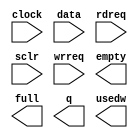
// megafunction wizard: %FIFO%VBB%
// GENERATION: STANDARD
// VERSION: WM1.0
// MODULE: scfifo 

// ============================================================
// Megafunction Name(s):
// 			scfifo
//
// Simulation Library Files(s):
// 			altera_mf
// ============================================================
// ************************************************************
// THIS IS A WIZARD-GENERATED FILE. DO NOT EDIT THIS FILE!
//
// 15.0.0 Build 145 04/22/2015 SJ Full Version
// ************************************************************

//Copyright (C) 1991-2015 Altera Corporation. All rights reserved.
//Your use of Altera Corporation's design tools, logic functions 
//and other software and tools, and its AMPP partner logic 
//functions, and any output files from any of the foregoing 
//(including device programming or simulation files), and any 
//associated documentation or information are expressly subject 
//to the terms and conditions of the Altera Program License 
//Subscription Agreement, the Altera Quartus II License Agreement,
//the Altera MegaCore Function License Agreement, or other 
//applicable license agreement, including, without limitation, 
//that your use is for the sole purpose of programming logic 
//devices manufactured by Altera and sold by Altera or its 
//authorized distributors.  Please refer to the applicable 
//agreement for further details.

module Column_FIFO (
	clock,
	data,
	rdreq,
	sclr,
	wrreq,
	empty,
	full,
	q,
	usedw);

	input	  clock;
	input	[159:0]  data;
	input	  rdreq;
	input	  sclr;
	input	  wrreq;
	output	  empty;
	output	  full;
	output	[159:0]  q;
	output	[6:0]  usedw;

endmodule

// ============================================================
// CNX file retrieval info
// ============================================================
// Retrieval info: PRIVATE: AlmostEmpty NUMERIC "0"
// Retrieval info: PRIVATE: AlmostEmptyThr NUMERIC "-1"
// Retrieval info: PRIVATE: AlmostFull NUMERIC "0"
// Retrieval info: PRIVATE: AlmostFullThr NUMERIC "-1"
// Retrieval info: PRIVATE: CLOCKS_ARE_SYNCHRONIZED NUMERIC "0"
// Retrieval info: PRIVATE: Clock NUMERIC "0"
// Retrieval info: PRIVATE: Depth NUMERIC "128"
// Retrieval info: PRIVATE: Empty NUMERIC "1"
// Retrieval info: PRIVATE: Full NUMERIC "1"
// Retrieval info: PRIVATE: INTENDED_DEVICE_FAMILY STRING "Cyclone V"
// Retrieval info: PRIVATE: LE_BasedFIFO NUMERIC "0"
// Retrieval info: PRIVATE: LegacyRREQ NUMERIC "1"
// Retrieval info: PRIVATE: MAX_DEPTH_BY_9 NUMERIC "0"
// Retrieval info: PRIVATE: OVERFLOW_CHECKING NUMERIC "0"
// Retrieval info: PRIVATE: Optimize NUMERIC "0"
// Retrieval info: PRIVATE: RAM_BLOCK_TYPE NUMERIC "0"
// Retrieval info: PRIVATE: SYNTH_WRAPPER_GEN_POSTFIX STRING "0"
// Retrieval info: PRIVATE: UNDERFLOW_CHECKING NUMERIC "0"
// Retrieval info: PRIVATE: UsedW NUMERIC "1"
// Retrieval info: PRIVATE: Width NUMERIC "160"
// Retrieval info: PRIVATE: dc_aclr NUMERIC "0"
// Retrieval info: PRIVATE: diff_widths NUMERIC "0"
// Retrieval info: PRIVATE: msb_usedw NUMERIC "0"
// Retrieval info: PRIVATE: output_width NUMERIC "160"
// Retrieval info: PRIVATE: rsEmpty NUMERIC "1"
// Retrieval info: PRIVATE: rsFull NUMERIC "0"
// Retrieval info: PRIVATE: rsUsedW NUMERIC "0"
// Retrieval info: PRIVATE: sc_aclr NUMERIC "0"
// Retrieval info: PRIVATE: sc_sclr NUMERIC "1"
// Retrieval info: PRIVATE: wsEmpty NUMERIC "0"
// Retrieval info: PRIVATE: wsFull NUMERIC "1"
// Retrieval info: PRIVATE: wsUsedW NUMERIC "0"
// Retrieval info: LIBRARY: altera_mf altera_mf.altera_mf_components.all
// Retrieval info: CONSTANT: ADD_RAM_OUTPUT_REGISTER STRING "OFF"
// Retrieval info: CONSTANT: INTENDED_DEVICE_FAMILY STRING "Cyclone V"
// Retrieval info: CONSTANT: LPM_NUMWORDS NUMERIC "128"
// Retrieval info: CONSTANT: LPM_SHOWAHEAD STRING "OFF"
// Retrieval info: CONSTANT: LPM_TYPE STRING "scfifo"
// Retrieval info: CONSTANT: LPM_WIDTH NUMERIC "160"
// Retrieval info: CONSTANT: LPM_WIDTHU NUMERIC "7"
// Retrieval info: CONSTANT: OVERFLOW_CHECKING STRING "ON"
// Retrieval info: CONSTANT: UNDERFLOW_CHECKING STRING "ON"
// Retrieval info: CONSTANT: USE_EAB STRING "ON"
// Retrieval info: USED_PORT: clock 0 0 0 0 INPUT NODEFVAL "clock"
// Retrieval info: USED_PORT: data 0 0 160 0 INPUT NODEFVAL "data[159..0]"
// Retrieval info: USED_PORT: empty 0 0 0 0 OUTPUT NODEFVAL "empty"
// Retrieval info: USED_PORT: full 0 0 0 0 OUTPUT NODEFVAL "full"
// Retrieval info: USED_PORT: q 0 0 160 0 OUTPUT NODEFVAL "q[159..0]"
// Retrieval info: USED_PORT: rdreq 0 0 0 0 INPUT NODEFVAL "rdreq"
// Retrieval info: USED_PORT: sclr 0 0 0 0 INPUT NODEFVAL "sclr"
// Retrieval info: USED_PORT: usedw 0 0 7 0 OUTPUT NODEFVAL "usedw[6..0]"
// Retrieval info: USED_PORT: wrreq 0 0 0 0 INPUT NODEFVAL "wrreq"
// Retrieval info: CONNECT: @clock 0 0 0 0 clock 0 0 0 0
// Retrieval info: CONNECT: @data 0 0 160 0 data 0 0 160 0
// Retrieval info: CONNECT: @rdreq 0 0 0 0 rdreq 0 0 0 0
// Retrieval info: CONNECT: @sclr 0 0 0 0 sclr 0 0 0 0
// Retrieval info: CONNECT: @wrreq 0 0 0 0 wrreq 0 0 0 0
// Retrieval info: CONNECT: empty 0 0 0 0 @empty 0 0 0 0
// Retrieval info: CONNECT: full 0 0 0 0 @full 0 0 0 0
// Retrieval info: CONNECT: q 0 0 160 0 @q 0 0 160 0
// Retrieval info: CONNECT: usedw 0 0 7 0 @usedw 0 0 7 0
// Retrieval info: GEN_FILE: TYPE_NORMAL Column_FIFO.v TRUE
// Retrieval info: GEN_FILE: TYPE_NORMAL Column_FIFO.inc FALSE
// Retrieval info: GEN_FILE: TYPE_NORMAL Column_FIFO.cmp FALSE
// Retrieval info: GEN_FILE: TYPE_NORMAL Column_FIFO.bsf TRUE
// Retrieval info: GEN_FILE: TYPE_NORMAL Column_FIFO_inst.v TRUE
// Retrieval info: GEN_FILE: TYPE_NORMAL Column_FIFO_bb.v TRUE
// Retrieval info: LIB_FILE: altera_mf